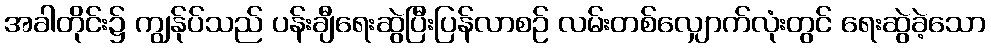
အခါတိုင်း၌ ကျွန်ုပ်သည် ပန်းချီရေးဆွဲပြီးပြန်လာစဉ် လမ်းတစ်လျှောက်လုံးတွင် ရေးဆွဲခဲ့သော